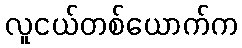
လူငယ်တစ်ယောက်က